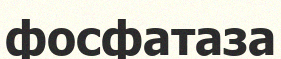
фосфатаза